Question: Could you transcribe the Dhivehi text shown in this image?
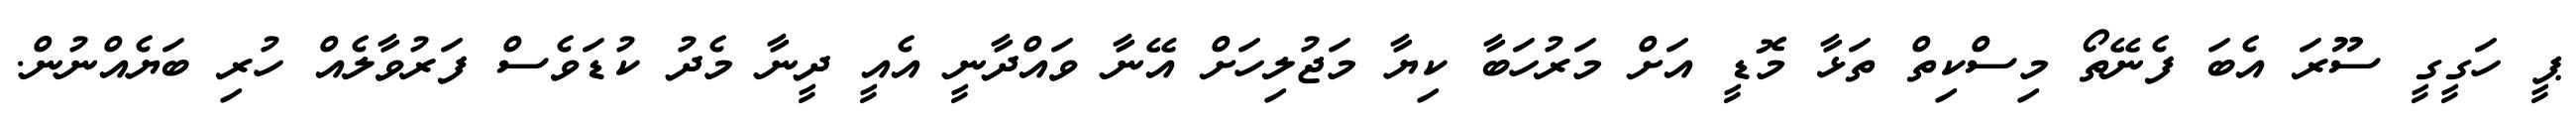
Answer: ޕީ ހަގީގީ ސޫރަ އެބަ ފެނޭތޯ މިސްކިތް ތަޅާ މޮޑީ އަށް މަރުހަބާ ކިޔާ މަޖުލިހަށް އޭނާ ވައްދާނީ އެއީ ދީނާ މެދު ކުޑަވެސް ފަރުވާލެއް ހުރި ބަޔެއްނުން.